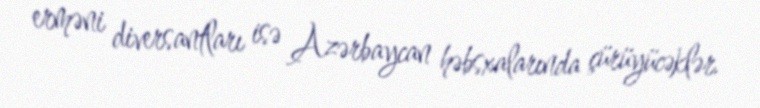
erməni diversantları isə Azərbaycan həbsxalarında çürüyücəklər.